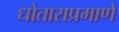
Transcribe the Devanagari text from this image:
धोताराप्रमाणे